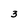
Character: 3